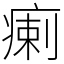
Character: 瘌